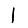
Digit: 1